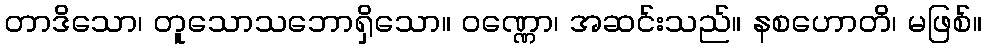
တာဒိသော၊ တူသောသဘောရှိသော။ ဝဏ္ဏော၊ အဆင်းသည်။ နစဟောတိ၊ မဖြစ်။